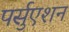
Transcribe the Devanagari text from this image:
पर्सुएशन